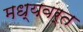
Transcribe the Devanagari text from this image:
मध्यवर्त